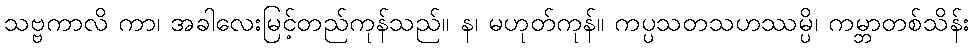
သဗ္ဗကာလိ ကာ၊ အခါလေးမြင့်တည်ကုန်သည်။ န၊ မဟုတ်ကုန်။ ကပ္ပသတသဟဿမ္ပိ၊ ကမ္ဘာတစ်သိန်း